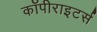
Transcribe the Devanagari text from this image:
कॉपीराइटर्स